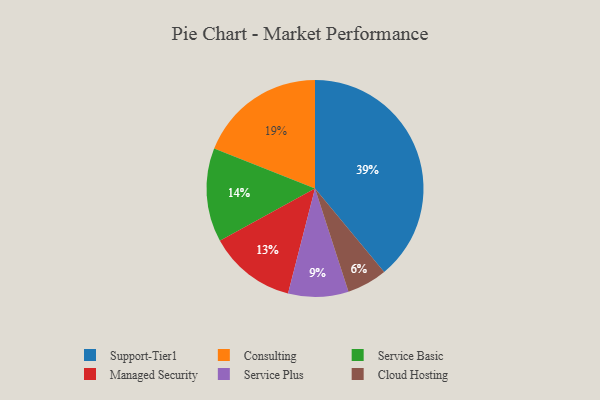
{"axis": {"x": "Category", "y": "Percentage"}, "legend": ["Cloud Hosting", "Consulting", "Managed Security", "Service Basic", "Service Plus", "Support-Tier1"], "data": [{"x": "Managed Security", "y": 13, "type": "Managed Security"}, {"x": "Cloud Hosting", "y": 6, "type": "Cloud Hosting"}, {"x": "Support-Tier1", "y": 39, "type": "Support-Tier1"}, {"x": "Service Plus", "y": 9, "type": "Service Plus"}, {"x": "Service Basic", "y": 14, "type": "Service Basic"}, {"x": "Consulting", "y": 19, "type": "Consulting"}]}